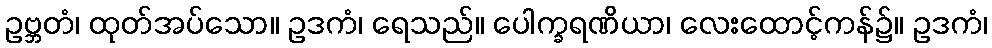
ဥဗ္ဘတံ၊ ထုတ်အပ်သော။ ဥဒကံ၊ ရေသည်။ ပေါက္ခရဏိယာ၊ လေးထောင့်ကန်၌။ ဥဒကံ၊